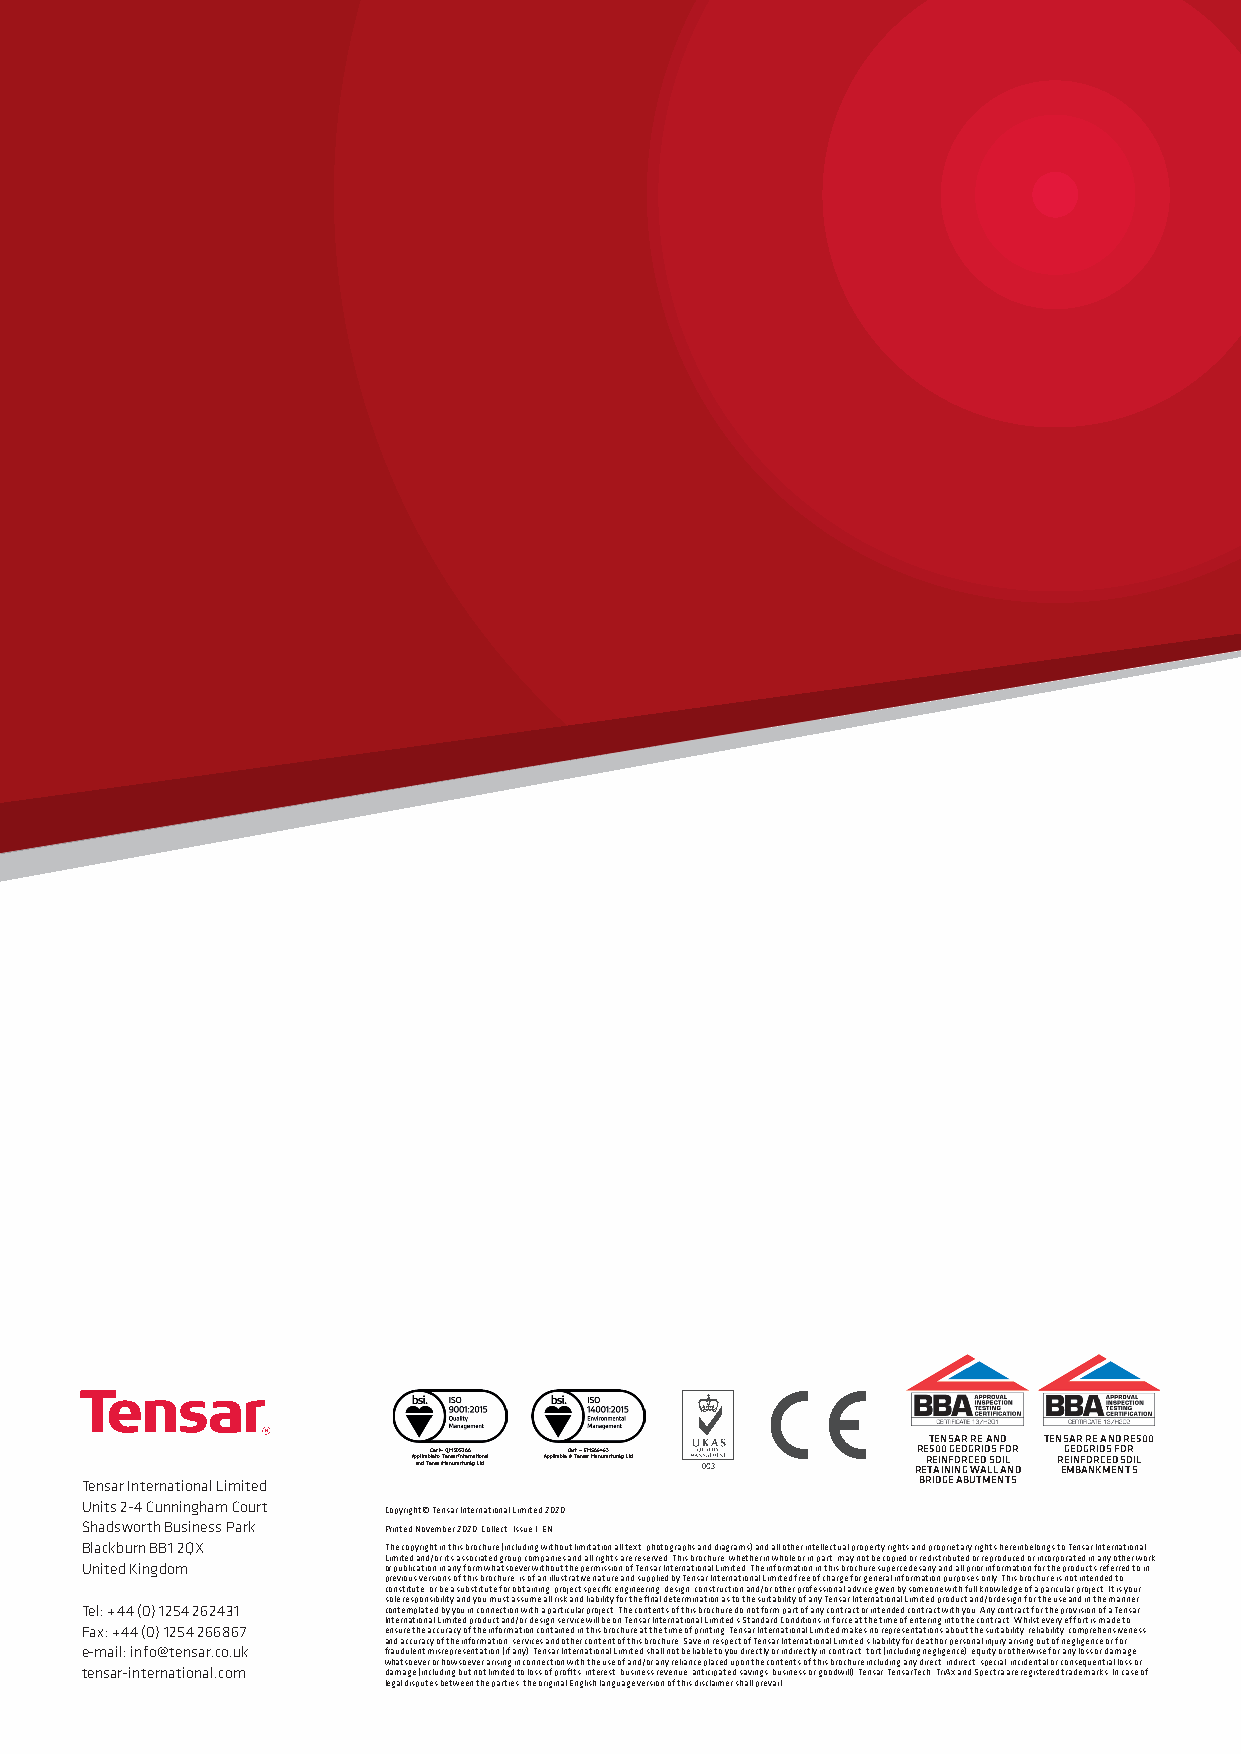
PLEASE       GET    IN  TOUCH
 FOR ANY FURTHER  INFORMATION
 TENSAR RE AND TENSAR RE AND RE500
 Cert – QM505288 Cert – EMS86463  RE500 GEOGRIDS FOR GEOGRIDS FOR
 Ap ap nl dic a Tb el ne s t ao r T Me an ns ua fr a I cn tute rr inn ga t Lio tdnal Applicable to Tensar Manufacturing Ltd RER TE AI IN NF INOR G C WE AD LS LO AIL N D R EE MIN BF AO NR KC MED EN S TO SIL
 Tensar International Limited                            BRIDGE ABUTMENTS
 Units 2-4 Cunningham Court
 Copyright© Tensar International Limited 2020
 Shadsworth Business Park Printed November 2020, Collect. Issue 1, EN
 Blackburn BB1 2QX   The copyright in this brochure (including without limitation all text, photographs and diagrams) and all other intellectual property rights and proprietary rights herein belongs to Tensar International
 Limited and/or its associated group companies and all rights are reserved. This brochure, whether in whole or in part, may not be copied or redistributed or reproduced or incorporated in any other work
 United Kingdom      or publication in any form whatsoever without the permission of Tensar International Limited. The information in this brochure supercedes any and all prior information for the products referred to in
 previous versions of this brochure, is of an illustrative nature and supplied by Tensar International Limited free of charge for general information purposes only. This brochure is not intended to
 constitute, or be a substitute for obtaining, project specific engineering, design, construction and/or other professional advice given by someone with full knowledge of a paricular project. It is your
 sole responsibility and you must assume all risk and liability for the final determination as to the suitability of any Tensar International Limited product and/or design for the use and in the manner
 Tel: +44 (0) 1254 262431 contemplated by you in connection with a particular project. The contents of this brochure do not form part of any contract or intended contract with you. Any contract for the provision of a Tensar
 International Limited product and/or design service will be on Tensar International Limited’s Standard Conditions in force at the time of entering into the contract. Whilst every effort is made to
 Fax: +44 (0) 1254 266867 ensure the accuracy of the information contained in this brochure at the time of printing, Tensar International Limited makes no representations about the suitability, reliability, comprehensiveness
 and accuracy of the information, services and other content of this brochure. Save in respect of Tensar International Limited’s liability for death or personal injury arising out of negligence or for
 e-mail: info@tensar.co.uk fraudulent misrepresentation (if any), Tensar International Limited shall not be liable to you directly or indirectly in contract, tort (including negligence), equity or otherwise for any loss or damage
 whatsoever or howsoever arising in connection with the use of and/or any reliance placed upon the contents of this brochure including any direct, indirect, special, incidental or consequential loss or
 tensar-international.com damage (including but not limited to loss of profits, interest, business revenue, anticipated savings, business or goodwill). Tensar, TensarTech, TriAx and Spectra are registered trademarks. In case of
 legal disputes between the parties, the original English language version of this disclaimer shall prevail.